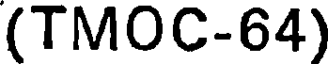
(TMOC-64)